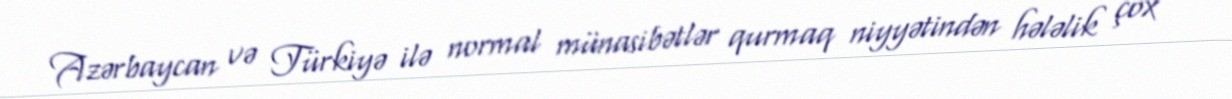
Azərbaycan və Türkiyə ilə normal münasibətlər qurmaq niyyətindən hələlik çox